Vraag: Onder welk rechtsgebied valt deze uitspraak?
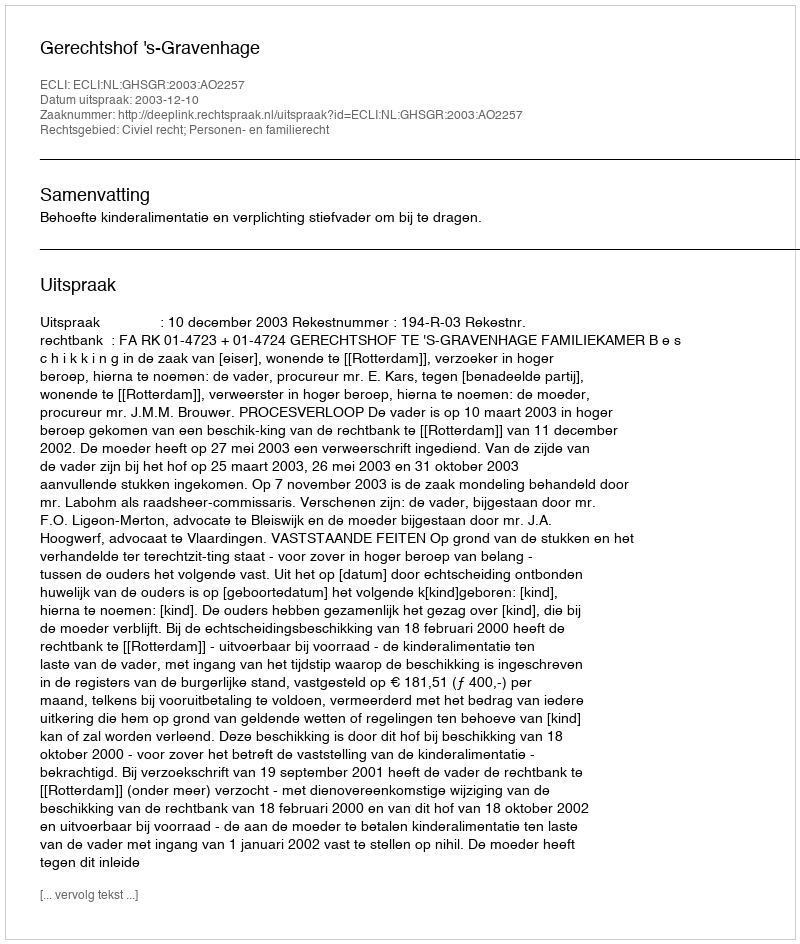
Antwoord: Civiel recht; Personen- en familierecht